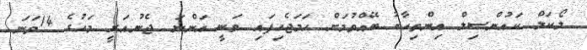
ލޯކަލް ކައުންސިލް އިންތިހާބު ބޭއްވުމަށް ހަމަޖެހިފައި ވަނީ އަންނަ ޖެނުއަރީ މަހުގެ 14ވަނަ